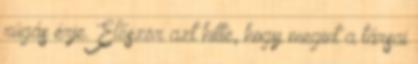
rúgás érje. Először azt hitte, hogy megint a társai